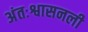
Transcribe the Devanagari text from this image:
अंतःश्वासनली